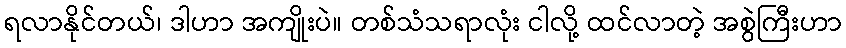
ရလာနိုင်တယ်၊ ဒါဟာ အကျိုးပဲ။ တစ်သံသရာလုံး ငါလို့ ထင်လာတဲ့ အစွဲကြီးဟာ